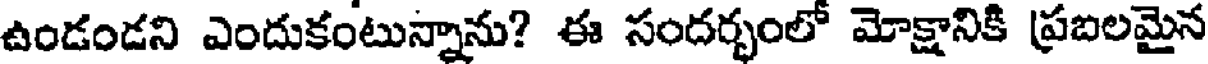
ఉండండని ఎందుకంటున్నాను? ఈ సందర్భంలో మోక్షానికి ప్రబలమైన